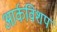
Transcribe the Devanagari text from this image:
आर्कविशप